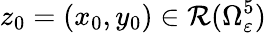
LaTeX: z_{0}=(x_{0},y_{0})\in\mathcal{R}(\Omega_{\varepsilon}^{5})